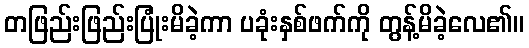
တဖြည်းဖြည်းပြုံးမိခဲ့ကာ ပခုံးနှစ်ဖက်ကို တွန့်မိခဲ့လေ၏။